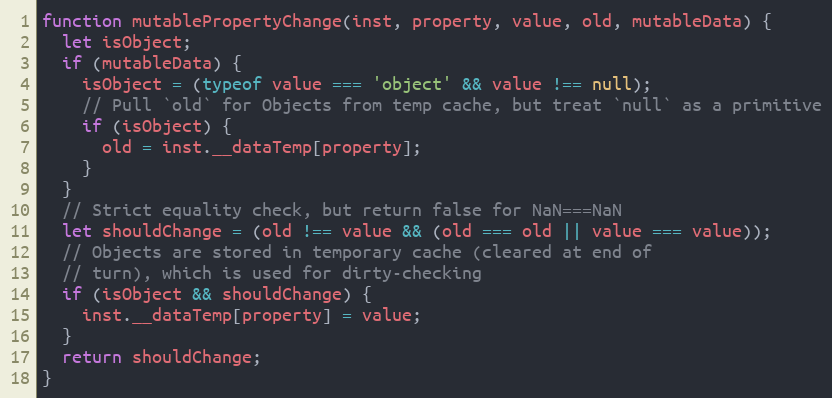
Language: JavaScript
function mutablePropertyChange(inst, property, value, old, mutableData) {
  let isObject;
  if (mutableData) {
    isObject = (typeof value === 'object' && value !== null);
    // Pull `old` for Objects from temp cache, but treat `null` as a primitive
    if (isObject) {
      old = inst.__dataTemp[property];
    }
  }
  // Strict equality check, but return false for NaN===NaN
  let shouldChange = (old !== value && (old === old || value === value));
  // Objects are stored in temporary cache (cleared at end of
  // turn), which is used for dirty-checking
  if (isObject && shouldChange) {
    inst.__dataTemp[property] = value;
  }
  return shouldChange;
}